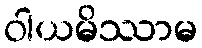
ဝါယမိဿာမ